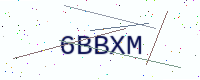
Text: 6BBXM